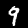
Label: 9